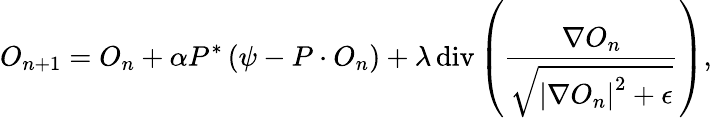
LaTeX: O_{n+1}=O_{n}+\alpha P^{*}\left(\psi-P\cdot O_{n}\right)+\lambda\, \textrm{div}\left(\frac{\nabla O_{n}}{\sqrt{\left|\nabla O_{n}\right|^{2}+\epsilon}}\right),